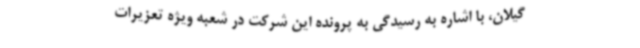
گیلان، با اشاره به رسیدگی به پرونده این شرکت در شعبه ویژه تعزیرات